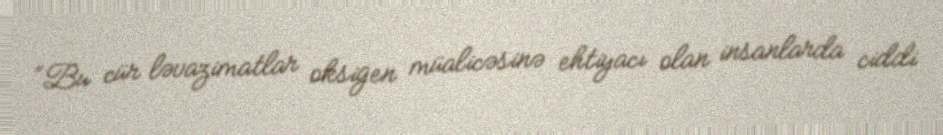
“Bu cür ləvazimatlar oksigen müalicəsinə ehtiyacı olan insanlarda ciddi